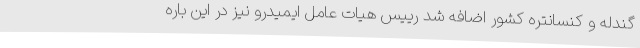
گندله و کنسانتره کشور اضافه شد رییس هیات عامل ایمیدرو نیز در این باره